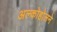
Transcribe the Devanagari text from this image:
अल्कोहोलने